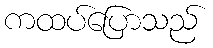
ကထပ်ပြောသည်